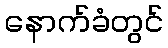
နောက်ခံတွင်